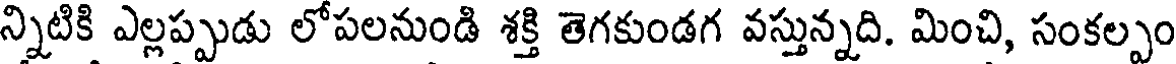
న్నిటికి ఎల్లప్పుడు లోపలనుండి శక్తి తెగకుండగ వస్తున్నది. మించి, సంకల్పం